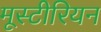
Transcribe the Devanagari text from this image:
मूस्टीरियन